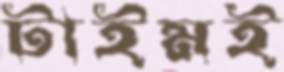
টাইমই